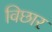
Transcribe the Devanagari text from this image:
विछार